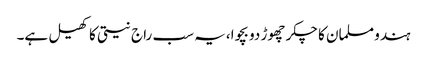
ہندو مسلمان کا چکر چھوڑ دو بچوا،یہ سب راج نیتی کا کھیل ہے۔